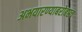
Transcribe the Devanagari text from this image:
अभयारण्याबरोबरच